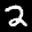
Label: 2